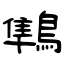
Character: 鶽